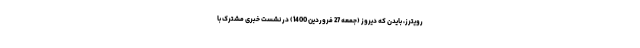
رویترز، بایدن که دیروز (جمعه 27 فروردین 1400) در نشست خبری مشترک با